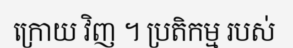
ក្រោយ វិញ ។ ប្រតិកម្ម របស់